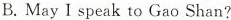
B.May I speak to Gao Shan?